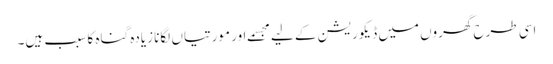
اسی طرح گھروں میں ڈیکوریشن کے لیے مجسمے اور مورتیاں لگانا زیادہ گناہ کا سبب ہیں۔